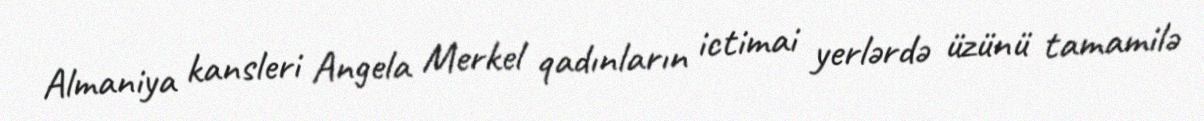
Almaniya kansleri Angela Merkel qadınların ictimai yerlərdə üzünü tamamilə